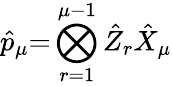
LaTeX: \hat{p}_{\mu}{=}\bigotimes_{r=1}^{\mu-1}\hat{Z}_{r}\hat{X}_{\mu}